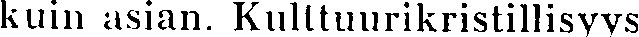
kuin asian. Kulttuurikristillisyys